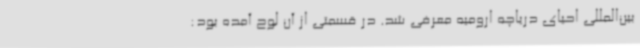
بین‌المللی احیای دریاچه ارومیه معرفی شد. در قسمتی از آن لوح آمده بود: